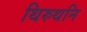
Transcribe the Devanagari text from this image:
थिरुथनि